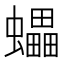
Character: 蠝